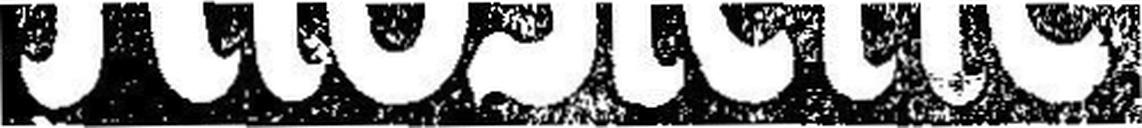
Klösterle